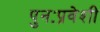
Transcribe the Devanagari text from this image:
पुनःप्रवेशी